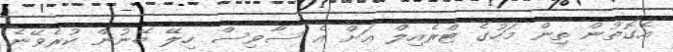
އެގޮތުން ތިން މަހުގެ ޓްރެއިލް އަށް އެ ސާވިސް ހިލޭ ބޭނުން ކުރެވޭނެ